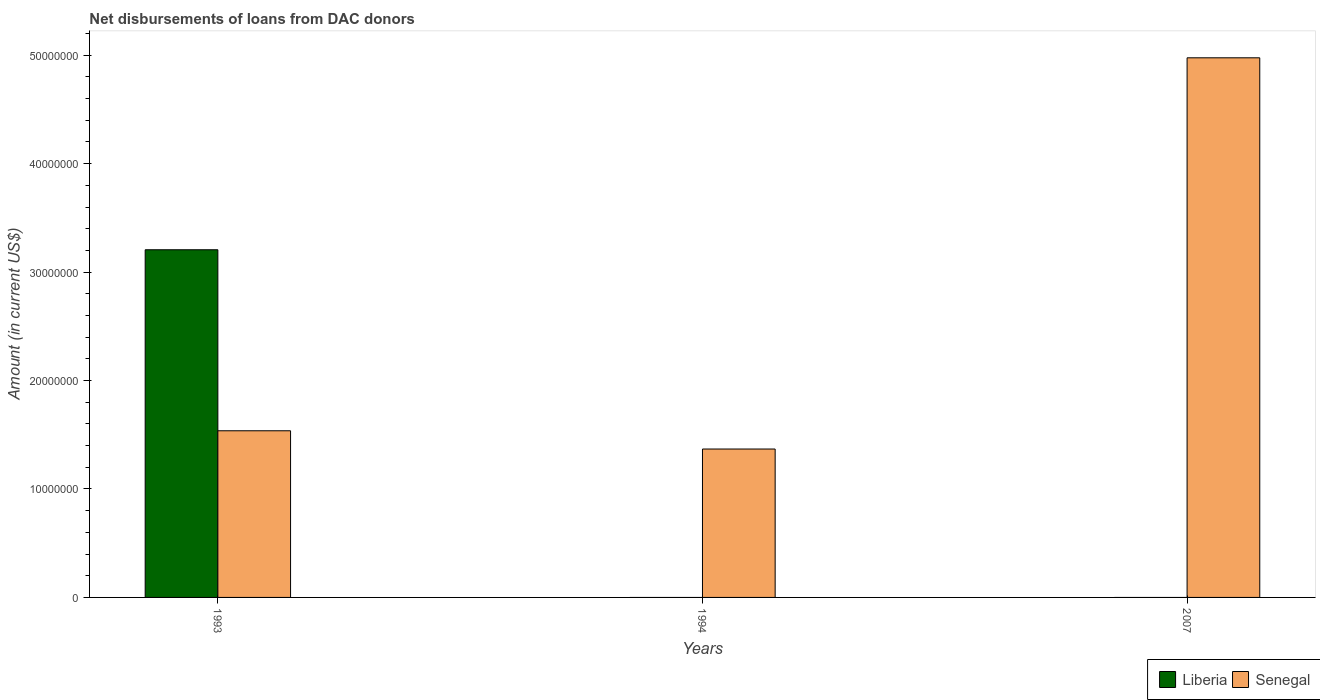
| Years | Liberia | Senegal |
 | --- | --- | --- |
 | 1993 | 3.21e+07 | 1.54e+07 |
 | 1994 | -9.97e+05 | 1.37e+07 |
 | 2007 | -5.92e+06 | 4.98e+07 |